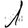
Digit: 1